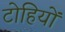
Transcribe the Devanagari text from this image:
टोहियों